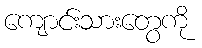
ကျောင်းသားတွေကို